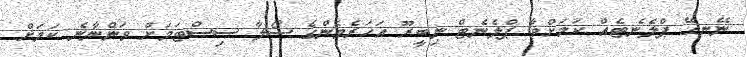
ނޭނގޭ ޕްލެނެޓެއް ކަމަށްވާ ޕްލެނެޓް ނިބީރޫ އަހަރެމެންގެ ސޯލާ ސިސްޓަމަށް ވަންނާނެ ކަމަށް